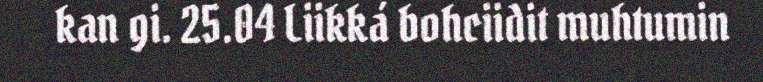
kan gi. 25.04 Liikká bohciidit muhtumin